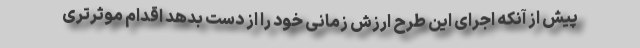
پیش از آنکه اجرای این طرح ارزش زمانی خود را از دست بدهد اقدام موثرتری